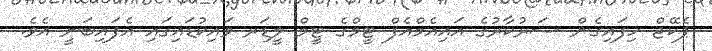
ޕެކޭޖް ހިފައިގެން ސަރުކާރުގެ އައިއެމްއެފް ޓީމްގެ ޓީމް ލީޑަރ ވައިކުޑައިގައި އެފައިބަނީ އެވެ.